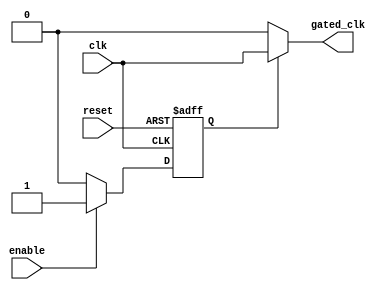
module dynamic_clock_gating (
    input wire clk,               // Original clock
    input wire enable,            // Enable signal for memory operations
    input wire reset,             // Reset signal
    output wire gated_clk         // Gated clock output
);

    // Clock Gating Control Logic
    reg gating_signal;

    always @(posedge clk or posedge reset) begin
        if (reset) begin
            gating_signal <= 1'b1; // Keep clock enabled on reset
        end else begin
            if (enable) begin
                gating_signal <= 1'b1; // Enable clock when there are memory operations
            end else begin
                gating_signal <= 1'b0; // Disable clock when idle
            end
        end
    end

    // Clock Gating Cell
    assign gated_clk = gating_signal ? clk : 1'b0; // Propagate clk or disable

endmodule